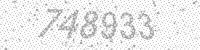
Solution: 748933